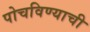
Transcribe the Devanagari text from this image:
पोचविण्याची